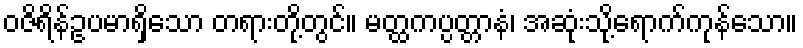
ဝဇိရိန်ဥပမာရှိသော တရားတို့တွင်။ မတ္ထကပ္ပတ္တာနံ၊ အဆုံးသို့ရောက်ကုန်သော။